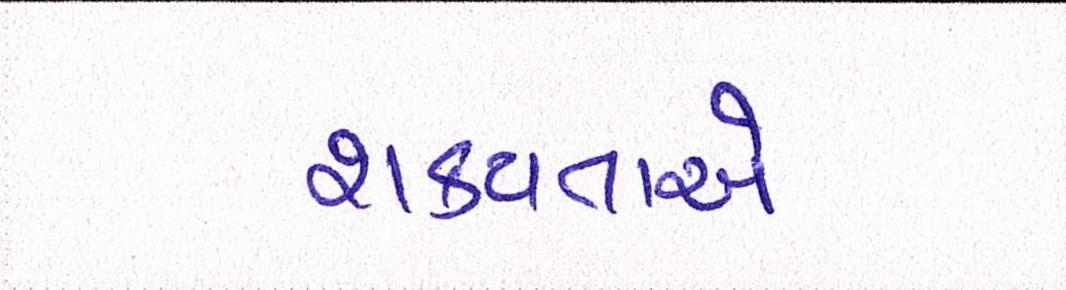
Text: શક્યતાએ